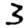
Digit: 3